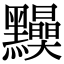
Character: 𪒾